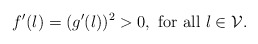
\begin{align*}f'(l)=(g'(l))^2>0,\,\,{\rm for\,\,all\,\,}l\in\mathcal{V}.\end{align*}